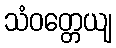
သံဝတ္တေယျ